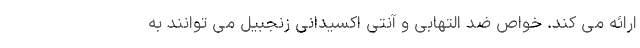
ارائه می کند. خواص ضد التهابی و آنتی اکسیدانی زنجبیل می توانند به